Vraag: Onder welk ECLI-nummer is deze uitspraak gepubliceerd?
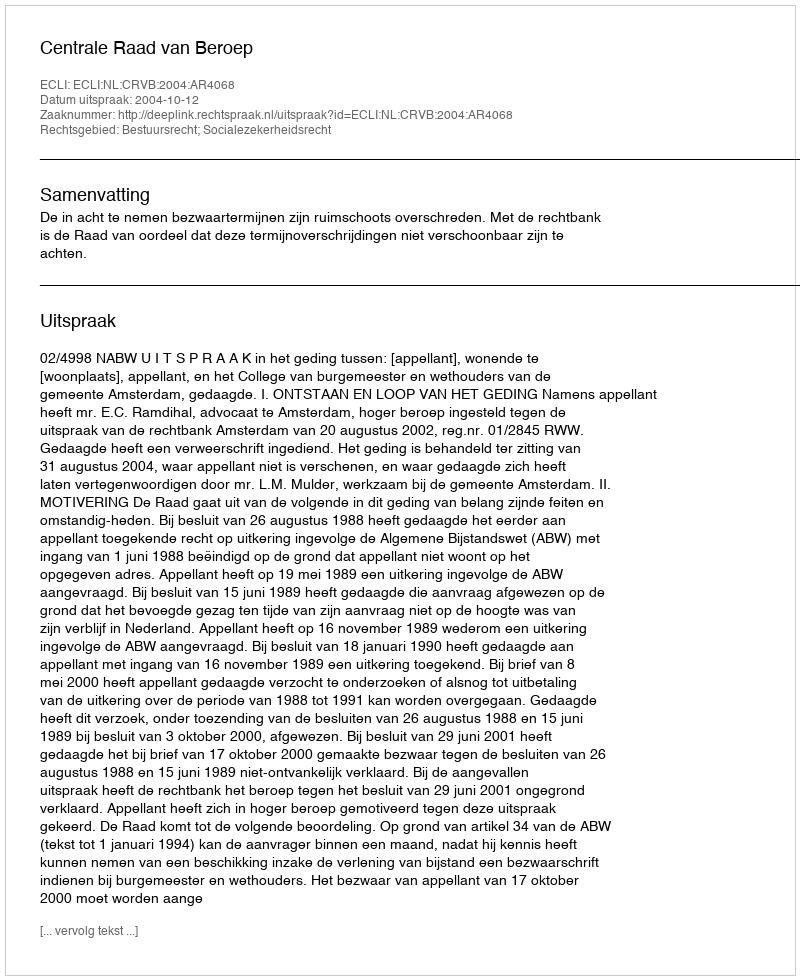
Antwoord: ECLI:NL:CRVB:2004:AR4068